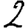
Digit: 2